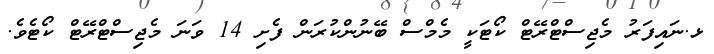
ޅ.ނައިފަރު މެޖިސްޓްރޭޓް ކޯޓަކީ މެމްސް ބޭނުންކުރަން ފެށި 14 ވަނަ މެޖިސްޓްރޭޓް ކޯޓެވެ.